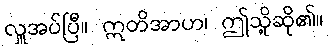
လှူအပ်ပြီ။ ဣတိအာဟ၊ ဤသို့ဆို၏။